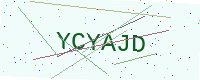
Text: YCYAJD